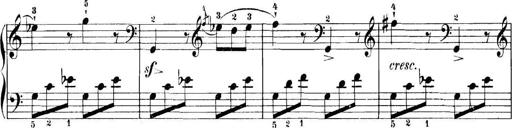
Title: 11 Sonatinas
Composer: Anton Diabelli